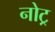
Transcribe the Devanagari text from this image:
नोट्र